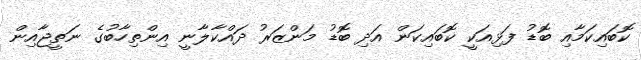
ކޮބައިކަމާއި ބޮޑު ފަޅިއަކީ ކޮބައިކަން އަދި ބޮޑު މަންޒަރު ދައްކާލާނީ އިންތިހާބުގެ ނަތީޖާއިން